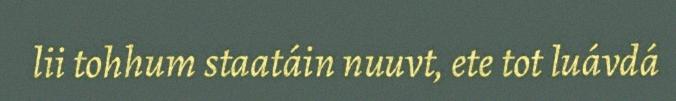
lii tohhum staatáin nuuvt, ete tot luávdá